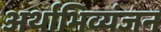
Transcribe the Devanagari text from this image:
अर्थाभिव्यंजन